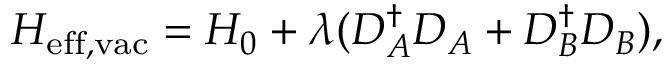
H _ { \mathrm { e f f , v a c } } = H _ { 0 } + \lambda ( D _ { A } ^ { \dagger } D _ { A } + D _ { B } ^ { \dagger } D _ { B } ) ,